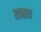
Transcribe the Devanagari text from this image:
शासत